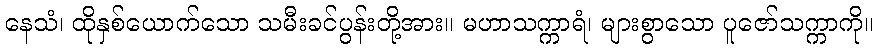
နေသံ၊ ထိုနှစ်ယောက်သော သမီးခင်ပွန်းတို့အား။ မဟာသက္ကာရံ၊ များစွာသော ပူဇော်သက္ကာကို။